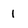
Character: I